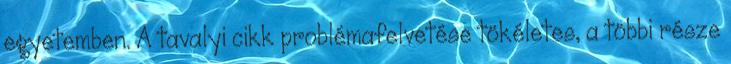
egyetemben. A tavalyi cikk problémafelvetése tökéletes, a többi része